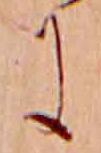
に